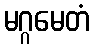
မဂ္ဂမေတံ